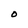
Character: O